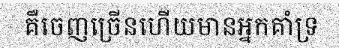
គឺចេញច្រើនហើយមានអ្នកគាំទ្រ